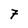
Character: 7